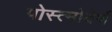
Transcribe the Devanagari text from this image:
पोस्त्मोदेर्ण